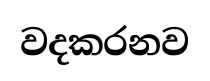
වදකරනව